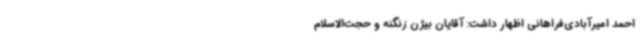
احمد امیرآبادی‌فراهانی اظهار داشت: آقایان بیژن زنگنه و حجت‌الاسلام